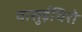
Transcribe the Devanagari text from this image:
यासुईचिरो